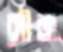
সৌজা